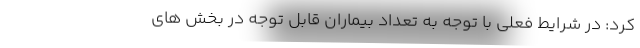
کرد: در شرایط فعلی با توجه به تعداد بیماران قابل توجه در بخش های